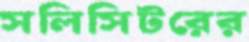
সলিসিটরের